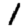
Digit: 1